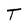
Character: T